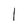
Character: 1